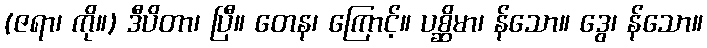
(ဇရာ၊ ကို။) ဒီပိတာ၊ ပြီ။ တေန၊ ကြောင့်။ ပစ္ဆိမာ၊ န်သော။ ဒွေ၊ န်သော။